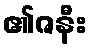
၏ဇနီး